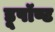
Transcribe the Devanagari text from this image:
डूपॉण्ट